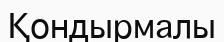
Қондырмалы